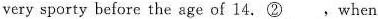
very sporty before the age of 14.②___,when